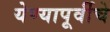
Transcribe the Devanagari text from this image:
येण्यापूर्वीचे